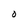
Character: O